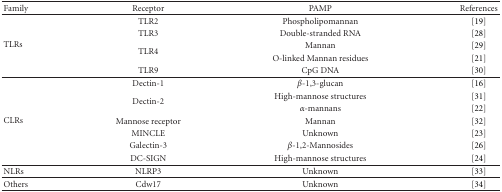
<table><thead><tr><td><b>Family</b></td><td><b>Receptor</b></td><td><b>PAMP</b></td><td><b>References</b></td></tr></thead><tbody><tr><td rowspan="5">TLRs</td><td>TLR2</td><td>Phospholipomannan</td><td>[19]</td></tr><tr><td>TLR3</td><td>Double-stranded RNA</td><td>[28]</td></tr><tr><td rowspan="2">TLR4</td><td>Mannan</td><td>[29]</td></tr><tr><td>O-linked Mannan residues</td><td>[21]</td></tr><tr><td>TLR9</td><td>CpG DNA</td><td>[30] </td></tr><tr><td rowspan="7">CLRs</td><td>Dectin-1</td><td><i>β</i>-1,3-glucan</td><td>[16]</td></tr><tr><td rowspan="2">Dectin-2</td><td>High-mannose structures</td><td>[31]</td></tr><tr><td><i>α</i>-mannans</td><td>[22]</td></tr><tr><td>Mannose receptor</td><td>Mannan</td><td>[32]</td></tr><tr><td>MINCLE</td><td>Unknown</td><td>[23]</td></tr><tr><td>Galectin-3</td><td><i>β</i>-1,2-Mannosides</td><td>[26]</td></tr><tr><td>DC-SIGN</td><td>High-mannose structures</td><td>[24] </td></tr><tr><td>NLRs</td><td>NLRP3</td><td>Unknown</td><td>[33] </td></tr><tr><td>Others</td><td>Cdw17</td><td>Unknown</td><td>[34]</td></tr></tbody></table>